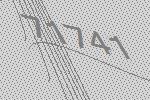
71741